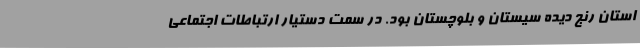
استان رنج دیده سیستان و بلوچستان بود. در سمت دستیار ارتباطات اجتماعی